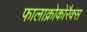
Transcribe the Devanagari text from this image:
फालाक्रोकोरैक्स